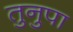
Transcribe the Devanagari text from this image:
तुनुपा